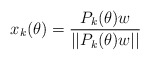
\begin{align*} x_k(\theta) = \frac{P_k(\theta)w}{||P_k(\theta)w||}\end{align*}